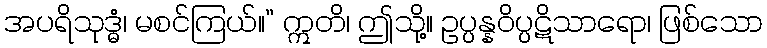
အပရိသုဒ္ဓံ၊ မစင်ကြယ်။” ဣတိ၊ ဤသို့။ ဥပ္ပန္နဝိပ္ပဋိသာရော၊ ဖြစ်သော